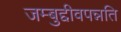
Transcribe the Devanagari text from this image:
जम्बुद्दीवपन्नति